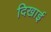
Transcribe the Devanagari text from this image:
दिखार्इ